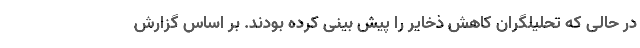
در حالی که تحلیلگران کاهش ذخایر را پیش بینی کرده بودند. بر اساس گزارش